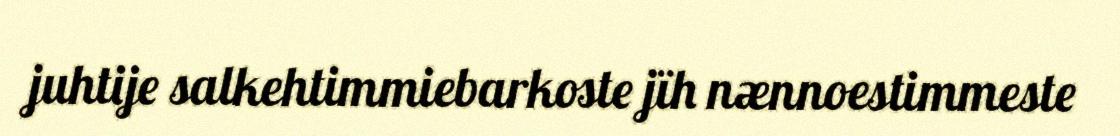
juhtije salkehtimmiebarkoste jïh nænnoestimmeste